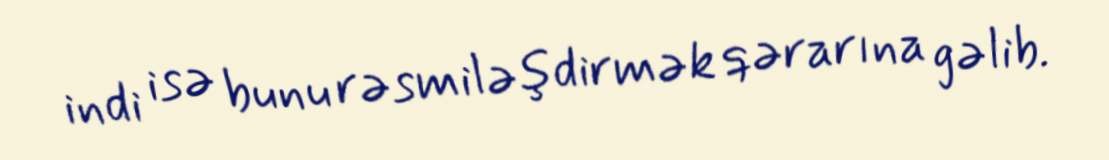
indi isə bunu rəsmiləşdirmək qərarına gəlib.